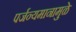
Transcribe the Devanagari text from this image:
पर्जन्यमानामुळे